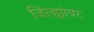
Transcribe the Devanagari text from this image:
जिल्ह्यांवर